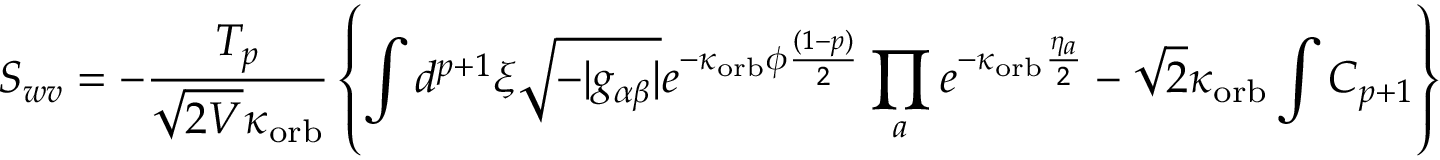
S _ { w v } = - \frac { T _ { p } } { \sqrt { 2 { \cal V } } \kappa _ { \mathrm { o r b } } } \left\{ \int d ^ { p + 1 } \xi \sqrt { - | g _ { \alpha \beta } | } e ^ { - \kappa _ { \mathrm { o r b } } \phi \frac { ( 1 - p ) } { 2 } } \prod _ { a } e ^ { - \kappa _ { \mathrm { o r b } } \frac { \eta _ { a } } { 2 } } - \sqrt { 2 } \kappa _ { \mathrm { o r b } } \int C _ { p + 1 } \right\}